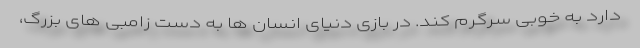
دارد به خوبی سرگرم کند. در بازی دنیای انسان ها به دست زامبی های بزرگ،